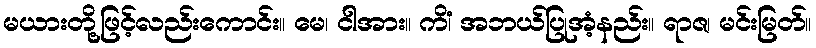
မယားတို့ဖြင့်လည်းကောင်း။ မေ၊ ငါအား။ ကိံ၊ အဘယ်ပြုအံ့နည်း။ ရာဇ၊ မင်းမြတ်။